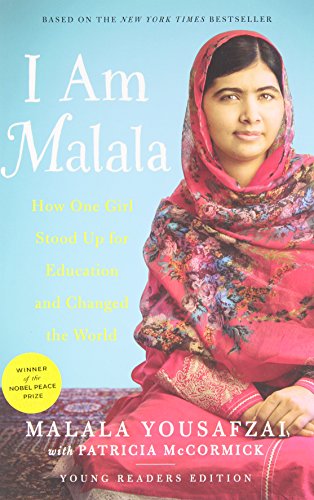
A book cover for I Am Malala: How One Girl Stood Up for Education and Changed the World (Young Readers Edition); Malala Yousafzai; Children's Books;